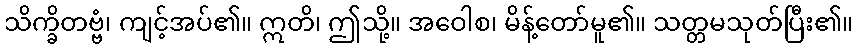
သိက္ခိတဗ္ဗံ၊ ကျင့်အပ်၏။ ဣတိ၊ ဤသို့။ အဝေါစ၊ မိန့်တော်မူ၏။ သတ္တမသုတ်ပြီး၏။